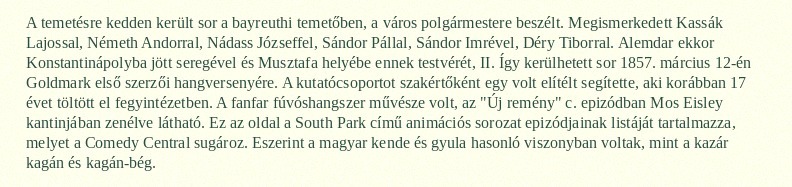
A temetésre kedden került sor a bayreuthi temetőben, a város polgármestere beszélt. Megismerkedett Kassák Lajossal, Németh Andorral, Nádass Józseffel, Sándor Pállal, Sándor Imrével, Déry Tiborral. Alemdar ekkor Konstantinápolyba jött seregével és Musztafa helyébe ennek testvérét, II. Így kerülhetett sor 1857. március 12-én Goldmark első szerzői hangversenyére. A kutatócsoportot szakértőként egy volt elítélt segítette, aki korábban 17 évet töltött el fegyintézetben. A fanfar fúvóshangszer művésze volt, az "Új remény" c. epizódban Mos Eisley kantinjában zenélve látható. Ez az oldal a South Park című animációs sorozat epizódjainak listáját tartalmazza, melyet a Comedy Central sugároz. Eszerint a magyar kende és gyula hasonló viszonyban voltak, mint a kazár kagán és kagán-bég.